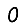
Digit: 0